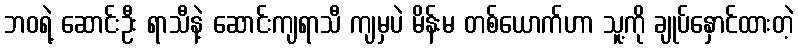
ဘဝရဲ့ ဆောင်းဦး ရာသီနဲ့ ဆောင်းကျရာသီ ကျမှပဲ မိန်းမ တစ်ယောက်ဟာ သူ့ကို ချုပ်နှောင်ထားတဲ့